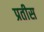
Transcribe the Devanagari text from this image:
प्रतीस